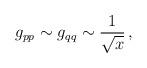
LaTeX: \begin{align*}g_{pp} \sim g_{qq} \sim \frac{1}{\sqrt{x}}\,,\end{align*}